Lunatic asylums Madras 1877-1891 - 1877-1891
Year: 1877
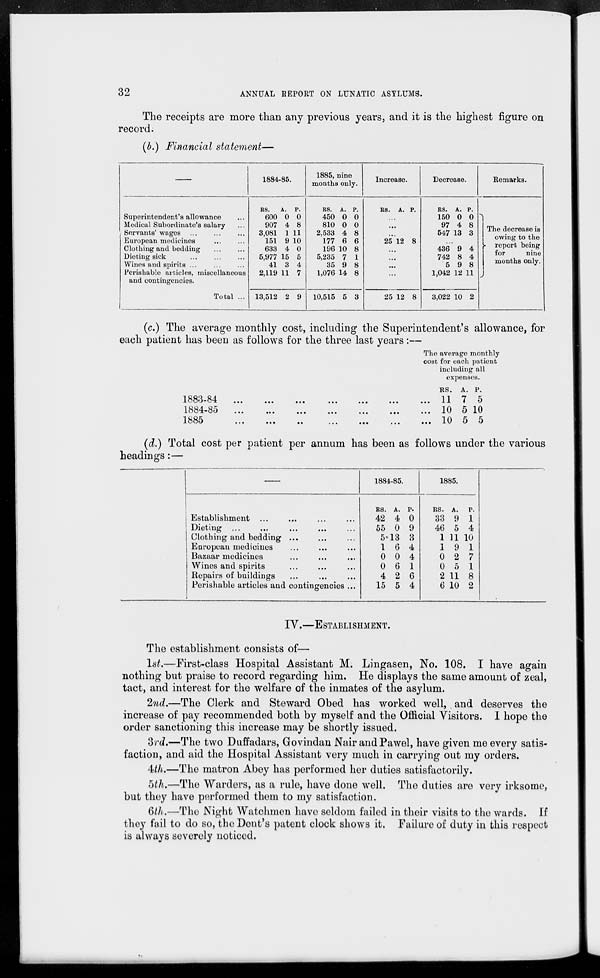
32
ANNUAL REPORT ON LUNATIC ASYLUMS.
The receipts are more than any previous years, and it is the highest figure on
record.
(b.) Financial statement—
–––
Superintendent's allowance ...
Medical Subordinate's salary ...
Servants' wages
...
...
...
European medicines ... ...
Clothing and bedding
...
...
Dieting sick ... ... ...
Wines and spirits ... ... ...
Perishable articles, miscellaneous
and contingencies.
Total ...
1884-85.
RS.
600
907
3,081
151
633
5,977
41
2,119
13,512
A.
0
4
1
9
4
15
3
11
2
P.
0
8
11
10
0
5
4
7
9
1885, nine
months only.
RS.
450
810
2,533
177
196
5,235
35
1,076
10,515
A.
0
0
4
6
10
7
9
14
5
P.
0
0
8
6
8
1
8
8
3
Increase.
RS. A. P.
...
...
...
25 12 8
...
...
...
...
25 12 8
Decrease.
RS.
150
97
547
A.
0
4
13
P.
0
8
3
. ..
436
742
5
1,042
3,022
9
8
9
12
10
4
4
8
11
2
Remarks.
The decrease is
owing to the
report being
for
nine
months only.
(c.) The average monthly cost, including the Superintendent's allowance, for
each patient has been as follows for the three last years:—
The average monthly
cost for each patient
including all
expenses.
1883-84 ... ... ... ... ... ... ... ... ... ...
1884-85 ... ... ... ... ... ... ... ... ... ...
1885 ... ... ... ... ... ... ... ... ... ...
RS.
11
10
10
A.
7
5
5
P.
5
10
5
(d.) Total cost per patient per annum has been as follows under the various
headings:—
––
Establishment ... ... ... ...
Dieting
...
...
...
...
...
Clothing and bedding ... ... ...
European medicines ... ... ...
Bazaar medicines ... ... ...
Wines and spirits ... ... ...
Repairs of buildings
...
...
...
Perishable articles and contingencies ...
1884-85.
RS.
42
55
5
1
0
0
4
15
A.
4
0
13
6
0
6
2
5
P.
0
9
3
4
4
1
6
4
1885.
RS.
33
46
1
1
0
0
2
6
A.
9
5
11
9
2
5
11
10
P.
1
4
10
1
7
1
8
2
IV.—ESTABLISHMENT.
The establishment consists of—
1st.—First-class Hospital Assistant M. Lingasen, No. 108. I have again
nothing but praise to record regarding him. He displays the same amount of zeal,
tact, and interest for the welfare of the inmates of the asylum.
2nd.—The Clerk and Steward Obed has worked well, and deserves the
increase of pay recommended both by myself and the Official Visitors. I hope the
order sanctioning this increase may be shortly issued.
3rd.—The two Duffadars, Govindan Nair and Pawel, have given me every satis-
faction, and aid the Hospital Assistant very much in carrying out my orders.
4th.—The matron Abey has performed her duties satisfactorily.
5th.—The Warders, as a rule, have done well. The duties are very irksome,
but they have performed them to my satisfaction.
6th.—The Night Watchmen have seldom failed in their visits to the wards. If
they fail to do so, the Dent's patent clock shows it. Failure of duty in this respect
is always severely noticed.